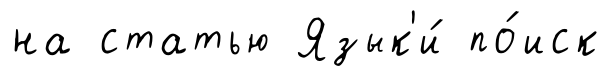
на статью Язык'и́ по́иск